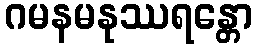
ဂမနမနုဿရန္တော